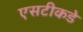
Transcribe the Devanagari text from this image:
एसटीकडे